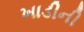
ખાડીની